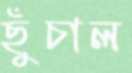
ছুঁচাল